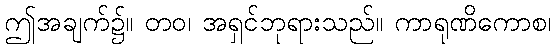
ဤအချက်၌။ တဝ၊ အရှင်ဘုရားသည်။ ကာရုဏိကောစ၊